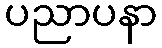
ပညာပနာ